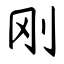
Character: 刚